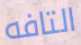
التافه